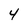
Character: 4